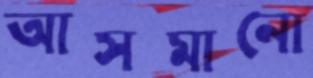
আসমানো